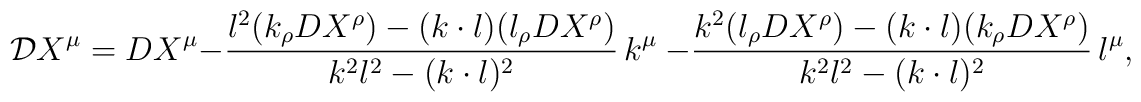
{\cal D}X^\mu=DX^\mu-\frac{l^2(k_\rho D X^\rho)-(k\cdot l)(l_\rho D X^\rho)}{k^2l^2-(k\cdot l)^2}\,k^\mu\ - \frac{k^2(l_\rho D X^\rho)-(k \cdot l)(k_\rho D X^\rho)}{k^2l^2-(k \cdot l)^2}\,l^\mu,